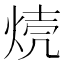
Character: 𱫈